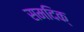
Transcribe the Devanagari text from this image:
समदिक्‌